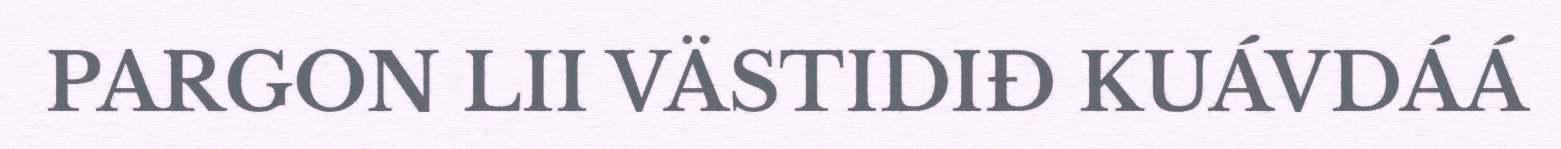
PARGON LII VÄSTIDIĐ KUÁVDÁÁ